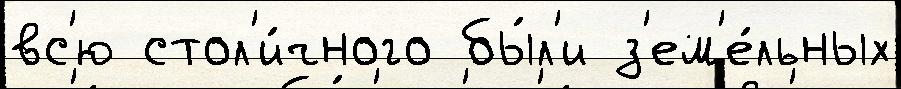
вс'ю стол'и́чного бы́л'и з'ем'е́льных